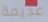
عديمة